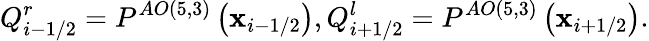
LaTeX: Q_{i-1/2}^{r}={{P}^{AO\left(5,3\right)}}\left({{\mathbf{x}}_{i-1/2}}\right),Q_{i+1/2}^{l}={{P}^{AO\left(5,3\right)}}\left({{\mathbf{x}}_{i+1/2}}\right).